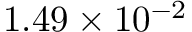
1 . 4 9 \times 1 0 ^ { - 2 }